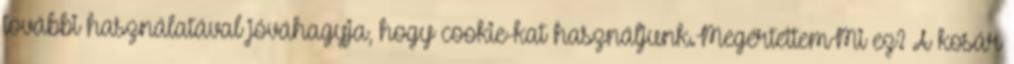
további használatával jóváhagyja, hogy cookie-kat használjunk.MegértettemMi ez? A kosár